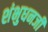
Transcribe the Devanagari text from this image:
शंभुधनजी